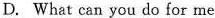
D. What can you do for me